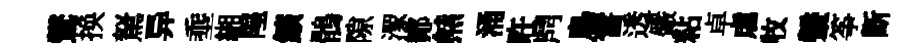
鸑换駑异埀緗隍鑛鶻隙潈鄼㷱涌旿𪔂鳥霅透儼粘卓虐牧鞶筝㫁